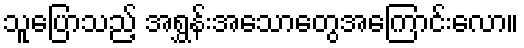
သူပြောသည့် အရွှန်းအသောတွေအကြောင်းလော။